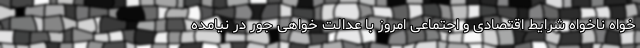
خواه ناخواه شرایط اقتصادی و اجتماعی امروز با عدالت خواهی جور در نیامده